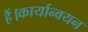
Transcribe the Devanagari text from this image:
हैं।कार्यान्वयन